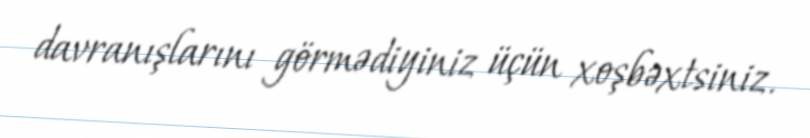
davranışlarını görmədiyiniz üçün xoşbəxtsiniz.